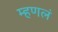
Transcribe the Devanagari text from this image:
म्हणलं